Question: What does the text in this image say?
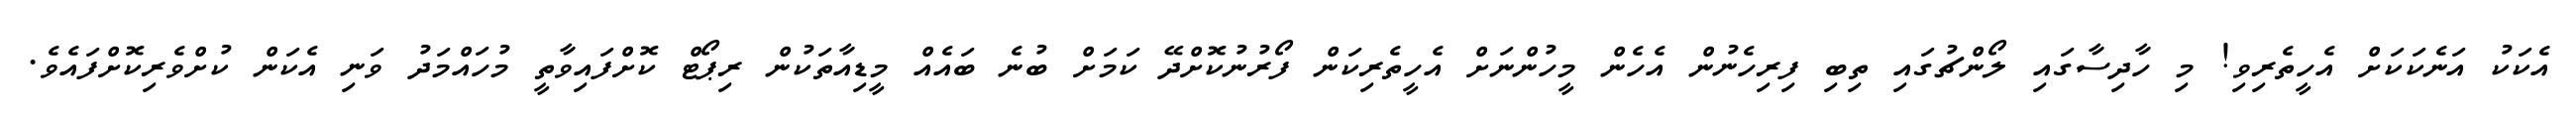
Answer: އެކަކު އަނެކަކަށް އެހީތެރިވި! މި ހާދިސާގައި ލޯންޗުގައި ތިބި ފިރިހެނުން އެހެން މީހުންނަށް އެހީތެރިކަން ފޯރުނުކޮށްދޭ ކަމަށް ބުނެ ބައެއް މީޑިއާތަކުން ރިޕޯޓް ކޮށްފައިވާތީ މުހައްމަދު ވަނި އެކަން ކުށްވެރިކޮށްފައެވެ.